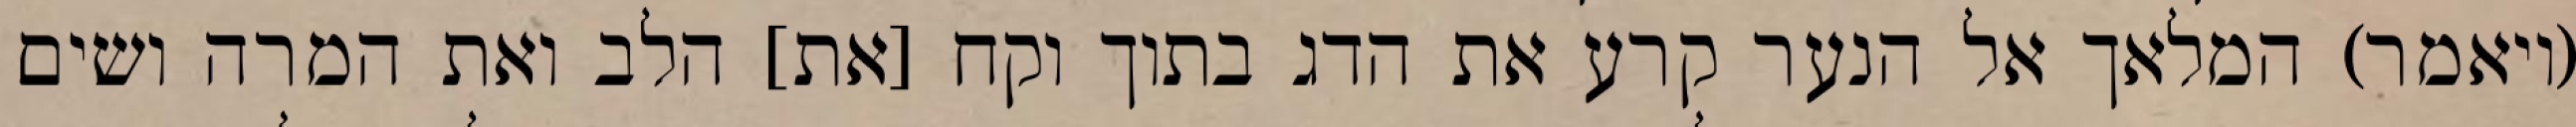
(ויאמר) המלאך אל הנער קרע את הדג בתוך וקח [את] הלב ואת המרה ושים